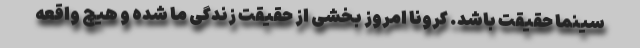
سینما حقیقت باشد. کرونا امروز بخشی از حقیقت زندگی ما شده و هیچ واقعه